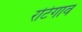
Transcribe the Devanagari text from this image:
रोटेगाव